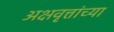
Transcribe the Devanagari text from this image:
अक्षवृत्तांच्या